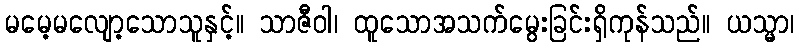
မမေ့မလျော့သောသူနှင့်။ သာဇီဝါ၊ ထူသောအသက်မွေးခြင်းရှိကုန်သည်။ ယသ္မာ၊